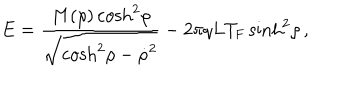
E = { \frac { M ( \rho ) \cosh ^ { 2 } \! \rho } { \sqrt { \cosh ^ { 2 } \! \rho - { \dot { \rho } } ^ { 2 } } } } - { 2 \pi q L T _ { \mathrm { F } } } \sinh ^ { 2 } \! \rho \, ,